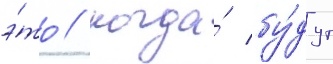
э́то / когда́ бу́дут